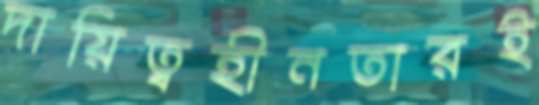
দায়িত্বহীনতারই